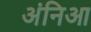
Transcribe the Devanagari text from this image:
अंनिआ